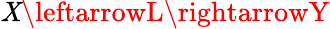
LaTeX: \mathit{X}\leftarrowL\rightarrowY